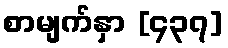
စာမျက်နှာ [၄၃၇]